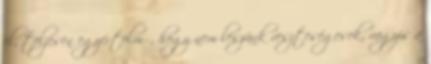
el, teljesen egyértelmű, hogy nem leszünk veszteségesek, vagyis a